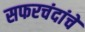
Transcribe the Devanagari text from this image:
सफरचंदांचे